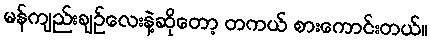
မန်ကျည်းချဉ်လေးနဲ့ဆိုတော့ တကယ် စားကောင်းတယ်။